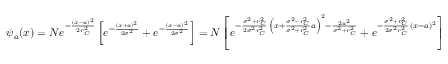
\psi _ { a } ( x ) = { \cal { N } } e ^ { - { \frac { ( x - a ) ^ { 2 } } { 2 r _ { C } ^ { 2 } } } } \left[ e ^ { - { \frac { ( x + a ) ^ { 2 } } { 2 \sigma ^ { 2 } } } } + e ^ { - { \frac { ( x - a ) ^ { 2 } } { 2 \sigma ^ { 2 } } } } \right] = { \cal { N } } \left[ e ^ { - { \frac { \sigma ^ { 2 } + r _ { C } ^ { 2 } } { 2 \sigma ^ { 2 } r _ { C } ^ { 2 } } } \, \left( x + { \frac { \sigma ^ { 2 } - r _ { C } ^ { 2 } } { \sigma ^ { 2 } + r _ { C } ^ { 2 } } } a \right) ^ { 2 } - { \frac { 2 a ^ { 2 } } { \sigma ^ { 2 } + r _ { C } ^ { 2 } } } } + e ^ { - { \frac { \sigma ^ { 2 } + r _ { C } ^ { 2 } } { 2 \sigma ^ { 2 } r _ { C } ^ { 2 } } } \, ( x - a ) ^ { 2 } } \right]